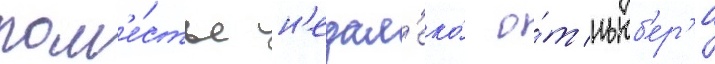
пом'е́стье н'едал'еко́ о́т ньюб'ер'и